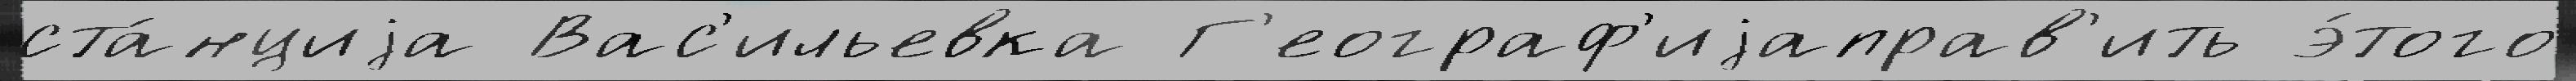
ста́нциjа Вас'ильевка Г'еограф'иjаправ'ить э́того